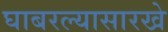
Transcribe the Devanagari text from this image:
घाबरल्यासारखे